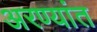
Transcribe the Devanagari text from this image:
अरण्यांत